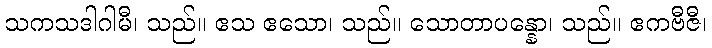
သကသဒါဂါမီ၊ သည်။ ဧသ ဧသော၊ သည်။ သောတာပန္နော၊ သည်။ ဧကဗီဇီ၊